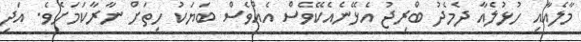
މާލެއާއި ހުޅުލެއާ ދެމެދު ބްރިޖު އެޅޭނެއެކޭވެސް އެއްވެސް ބަޔަކު ހިތަށް ނާރާކަމަށެވެ. އަދި